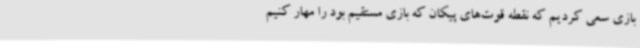
بازی سعی کردیم که نقطه قوت‌های پیکان که بازی مستقیم بود را مهار کنیم